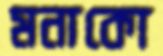
মনাকো